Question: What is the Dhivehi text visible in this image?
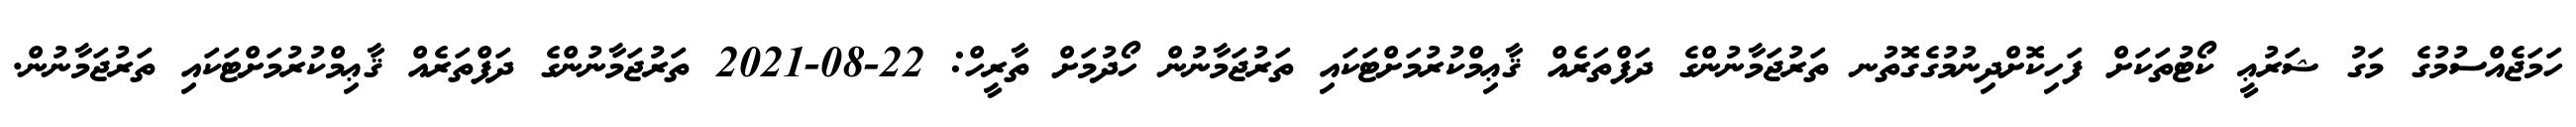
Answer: ހަމަޖެއްސުމުގެ މަގު ޝަރުޢީ ކޯޓުތަކަށް ފަހިކޮށްދިނުމުގެގޮތުނ ތަރުޖަމާނުންގެ ދަފްތަރެއް ޤާޢިމްކުރުމަށްޓަކައި ތަރުޖަމާނުން ހޯދުމަށް ތާރީހް: 22-08-2021 ތަރުޖަމާނުންގެ ދަފްތަރެއް ޤާޢިމްކުރުމަށްޓަކައި ތަރުޖަމާނުން.